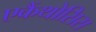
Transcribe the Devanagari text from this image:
एकैंथोसिस